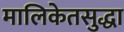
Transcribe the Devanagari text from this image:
मालिकेतसुद्धा